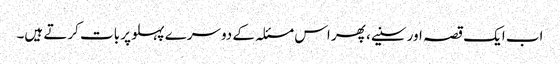
اب ایک قصہ اور سنیے، پھر اس مسئلہ کے دوسرے پہلو پر بات کرتے ہیں۔